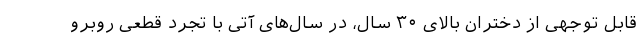
قابل توجهی از دختران بالای ۳۰ سال، در سال‌های آتی با تجرد قطعی روبرو